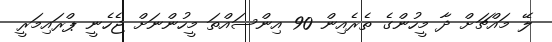
ލޭ މައްޗަށް ދާ މީހުންގެ ތެރެއިން 90 އިންސައްތަ މީހުންނަށް ޖެހެނީ ޕްރައިމަރީ